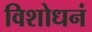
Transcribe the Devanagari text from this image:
विशोधनं